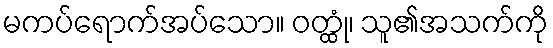
မကပ်ရောက်အပ်သော။ ဝတ္ထုံ၊ သူ၏အသက်ကို